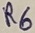
Text: R6